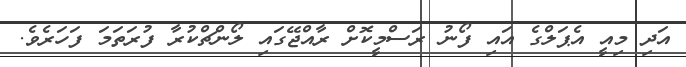
އަދި މިއީ އެޕަލްގެ އައި ފޯނު ރަސްމީކޮށް ރާއްޖޭގައި ލޯންޗްކުރާ ފުރަތަމަ ފަހަރެވެ.